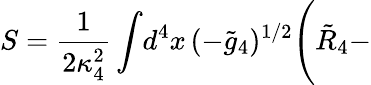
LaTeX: S=\frac{1}{2\kappa_{4}^{2}}\int\! d^{4}x\, (-\tilde{g}_{4})^{1/2}\Biggl(\tilde{R}_{4}-